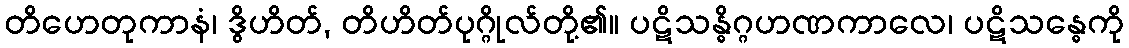
တိဟေတုကာနံ၊ ဒွိဟိတ်, တိဟိတ်ပုဂ္ဂိုလ်တို့၏။ ပဋိသန္ဓိဂ္ဂဟဏကာလေ၊ ပဋိသန္ဓေကို